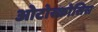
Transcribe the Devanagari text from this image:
ओटोस्क्रोसिस